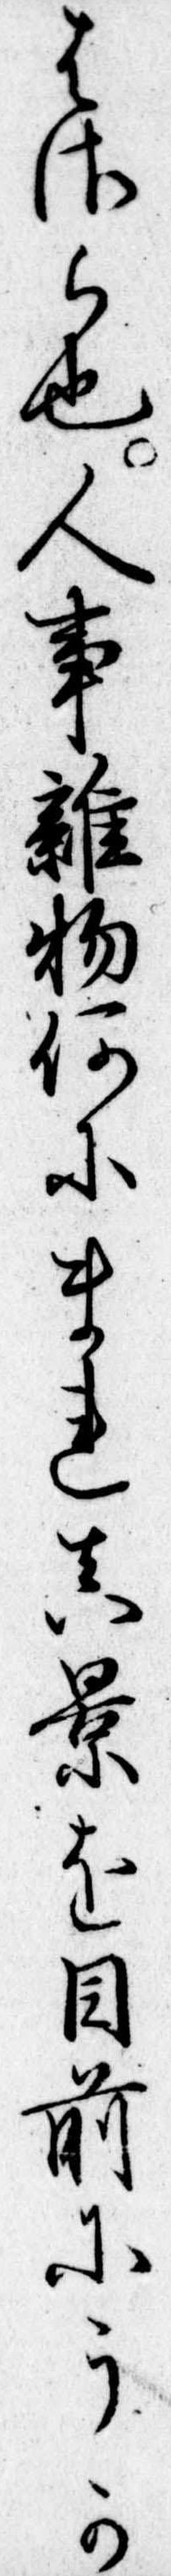
はさら也人事雑物何にまれ真景を目前にうか